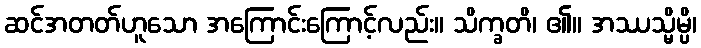
ဆင်အတတ်ဟူသော အကြောင်းကြောင့်လည်း။ သိက္ခတိ၊ ၏။ အဿသ္မိမ္ပိ၊